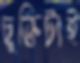
চুক্তিটাই